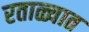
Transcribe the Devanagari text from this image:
रताळ्यात